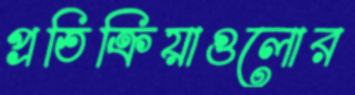
প্রতিক্রিয়াগুলোর